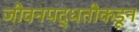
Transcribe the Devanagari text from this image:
जीवनपद्धतीकडून